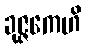
ခုဇ္ဇကေဟိ